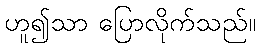
ဟူ၍သာ ပြောလိုက်သည်။